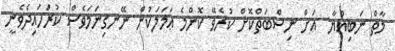
މާތް ނަބިއްޔާ  އަށް ނިސްބަތްކޮށް ކުރެވޭ ކޮންމެ ޢަމަލަކުން ނޭނގިނަމަވެސް ކުރަހައިދެވެނީ